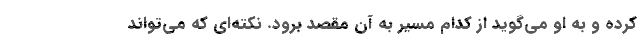
کرده و به او می‌گوید از کدام مسیر به آن مقصد برود. نکته‌ای که می‌تواند